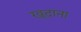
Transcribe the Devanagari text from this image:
खुदाना